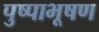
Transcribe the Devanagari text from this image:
पुष्पाभूषण